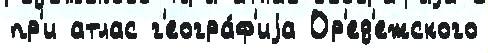
пр'и атлас г'еогра́ф'иjа Ор'ед'ежского